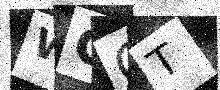
Text: WGQT